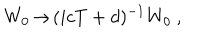
W _ { 0 } \! \rightarrow \! ( i c T + d ) ^ { - 1 } W _ { 0 } \ , \hspace { 1 4 m m }